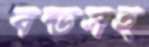
বন্ডসহ